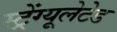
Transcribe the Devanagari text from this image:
स्ट्रेंग्यूलेटेड